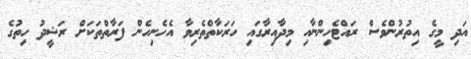
އަދި މީގެ އިތުރުންވެސް ރައްޓެހިންނާއި މިދާއިރާގައި ހަރަކާތްތެރިވާ އެހެނިހެން ފަރާތްތަކަށް ރަޝީދު ހިތުގެ